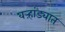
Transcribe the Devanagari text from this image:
वऱ्हांड्यात